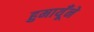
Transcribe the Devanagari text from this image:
हुमायूँने